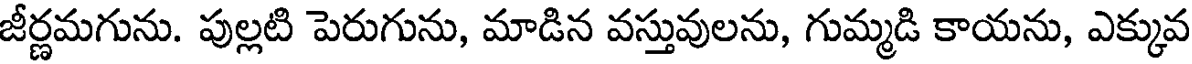
జీర్ణమగును. పుల్లటి పెరుగును, మాడిన వస్తువులను, గుమ్మడి కాయను, ఎక్కువ